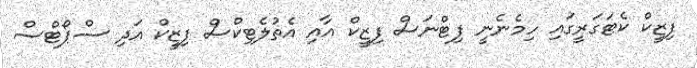
ފިޒީކް ކެޓަގަރީގައި ހިމެނެނީ ފިޓްނަސް ފިޒީކް އާއި އެތުލެޓިކްސް ފިޒީކް އަދި ސްޕޯޓްސް